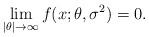
LaTeX: \begin{align*}\lim_{|\theta| \to \infty} f(x; \theta, \sigma^2) = 0.\end{align*}